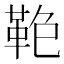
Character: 𩊋